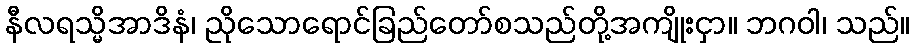
နီလရသ္မိအာဒိနံ၊ ညိုသောရောင်ခြည်တော်စသည်တို့အကျိုးငှာ။ ဘဂဝါ၊ သည်။